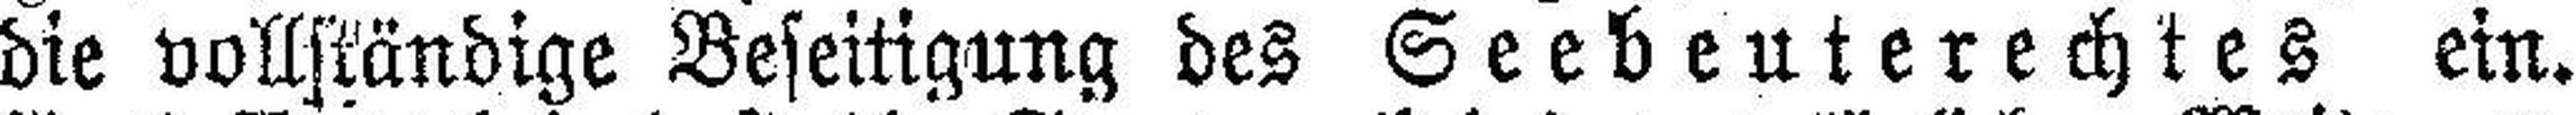
die vollständige Beseitigung des Seebeuterechtes ein.